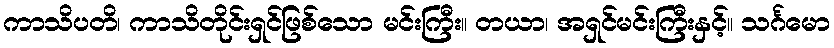
ကာသိပတိ၊ ကာသိတိုင်းရှင်ဖြစ်သော မင်းကြီး။ တယာ၊ အရှင်မင်းကြီးနှင့်။ သင်္ဂမော